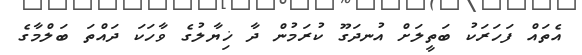
އެތައް ފަހަރަކު ބަތީލަށް އުނދަގޫ ކުރަމުން ދާ ޚިޔާލުގެ ވާހަކަ ދައްތަ ބަލްމާގެ